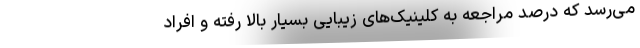
می‌رسد که درصد مراجعه به کلینیک‌های زیبایی بسیار بالا رفته و افراد